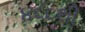
૪૬૮થી